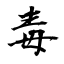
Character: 毒